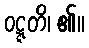
ဝဋ္ဋတိ၊ ၏။